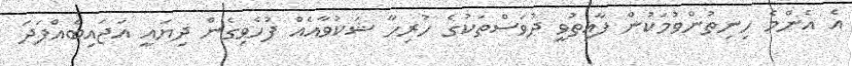
އެ އެންމެ ހިނިތުންވުމަކުން ފާއިތުވީ ދުވަސްތަކުގެ ހުރިހާ ޝަކުވާއެއް ފުހެވިގެން ދިޔައީ އަޖައިބެއްފަދަ